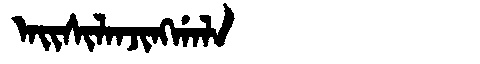
Manchu: ᠠᡳᠰᡳᠯᠠᠨᠵᡳᠩᡤᠠᠯᠠ
Romanization: AISILANJINGGALA